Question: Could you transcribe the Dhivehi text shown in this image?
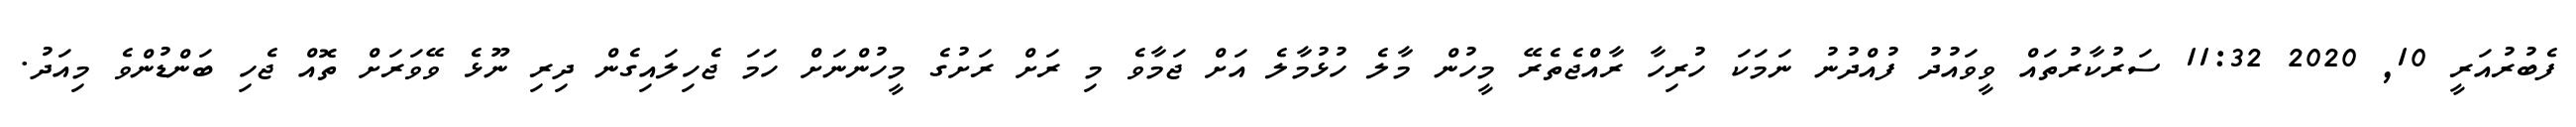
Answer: ފެބުރުއަރީ 10, 2020 11:32 ސަރުކާރުތައް ވީވައުދު ފުއްދުނު ނަމަކަ ހުރިހާ ރާއްޖެތެރޭ މީހުން މާލެ ހުޅުމާލެ އަށް ޖަމާވެ މި ރަށް ރަށުގެ މީހުންނަށް ހަމަ ޖެހިލައިގެން ދިރި ނޫޅެ ވޭވަރަށް ތޮއް ޖެހި ބަންޑުންވެ މިއަދު.